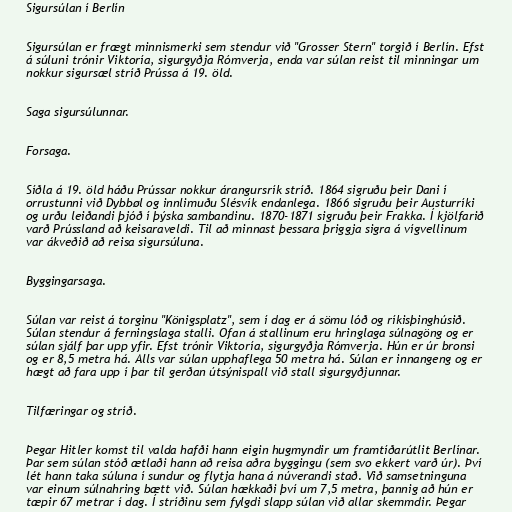
Sigursúlan í Berlín

Sigursúlan er frægt minnismerki sem stendur við "Grosser Stern" torgið í Berlín. Efst
á súluni trónir Viktoría, sigurgyðja Rómverja, enda var súlan reist til minningar um
nokkur sigursæl stríð Prússa á 19. öld.

Saga sigursúlunnar.

Forsaga.

Síðla á 19. öld háðu Prússar nokkur árangursrík stríð. 1864 sigruðu þeir Dani í
orrustunni við Dybbøl og innlimuðu Slésvík endanlega. 1866 sigruðu þeir Austurríki
og urðu leiðandi þjóð í þýska sambandinu. 1870-1871 sigruðu þeir Frakka. Í kjölfarið
varð Prússland að keisaraveldi. Til að minnast þessara þriggja sigra á vígvellinum
var ákveðið að reisa sigursúluna.

Byggingarsaga.

Súlan var reist á torginu "Königsplatz", sem í dag er á sömu lóð og ríkisþinghúsið.
Súlan stendur á ferningslaga stalli. Ofan á stallinum eru hringlaga súlnagöng og er
súlan sjálf þar upp yfir. Efst trónir Viktoría, sigurgyðja Rómverja. Hún er úr bronsi
og er 8,5 metra há. Alls var súlan upphaflega 50 metra há. Súlan er innangeng og er
hægt að fara upp í þar til gerðan útsýnispall við stall sigurgyðjunnar.

Tilfæringar og stríð.

Þegar Hitler komst til valda hafði hann eigin hugmyndir um framtíðarútlit Berlínar.
Þar sem súlan stóð ætlaði hann að reisa aðra byggingu (sem svo ekkert varð úr). Því
lét hann taka súluna í sundur og flytja hana á núverandi stað. Við samsetninguna
var einum súlnahring bætt við. Súlan hækkaði því um 7,5 metra, þannig að hún er
tæpir 67 metrar í dag. Í stríðinu sem fylgdi slapp súlan við allar skemmdir. Þegar